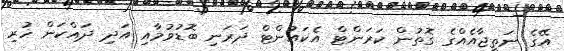
އޭގެ ނަތީޖާއެއްގެ ގޮތުން ކަރަންޓް އެކައުންޓް ދަރަނި ބޮޑުވުމާއި އަދި ދައްކަން ހުރި